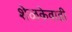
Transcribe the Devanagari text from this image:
शेळकेवाडी